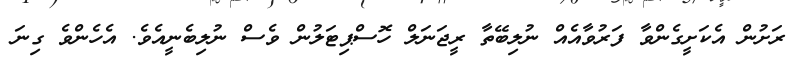
ރަށުން އެކަށީގެންވާ ފަރުވާއެއް ނުލިބޭތާ ރީޖަނަލް ހޮސްޕިޓަލުން ވެސް ނުލިބެނީއެވެ. އެހެންވެ ގިނަ